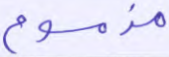
مذموم